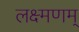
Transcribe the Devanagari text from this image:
लक्ष्मणम्